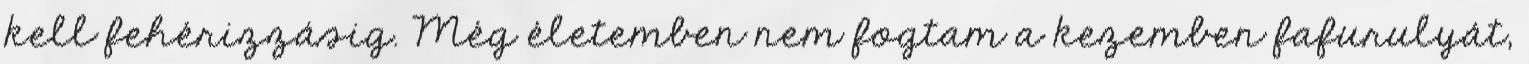
kell fehérizzásig. Még életemben nem fogtam a kezemben fafurulyát,